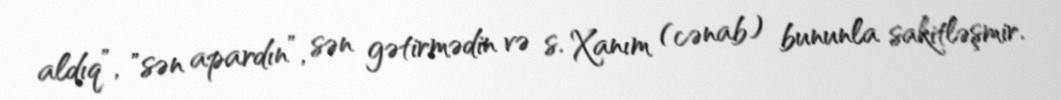
aldıq”, "sən apardın”, sən gətirmədin və s. Xanım (cənab) bununla sakitləşmir.